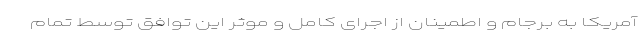
آمریکا به برجام و اطمینان از اجرای کامل و موثر این توافق توسط تمام